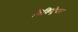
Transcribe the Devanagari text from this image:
विकिट्रेवल